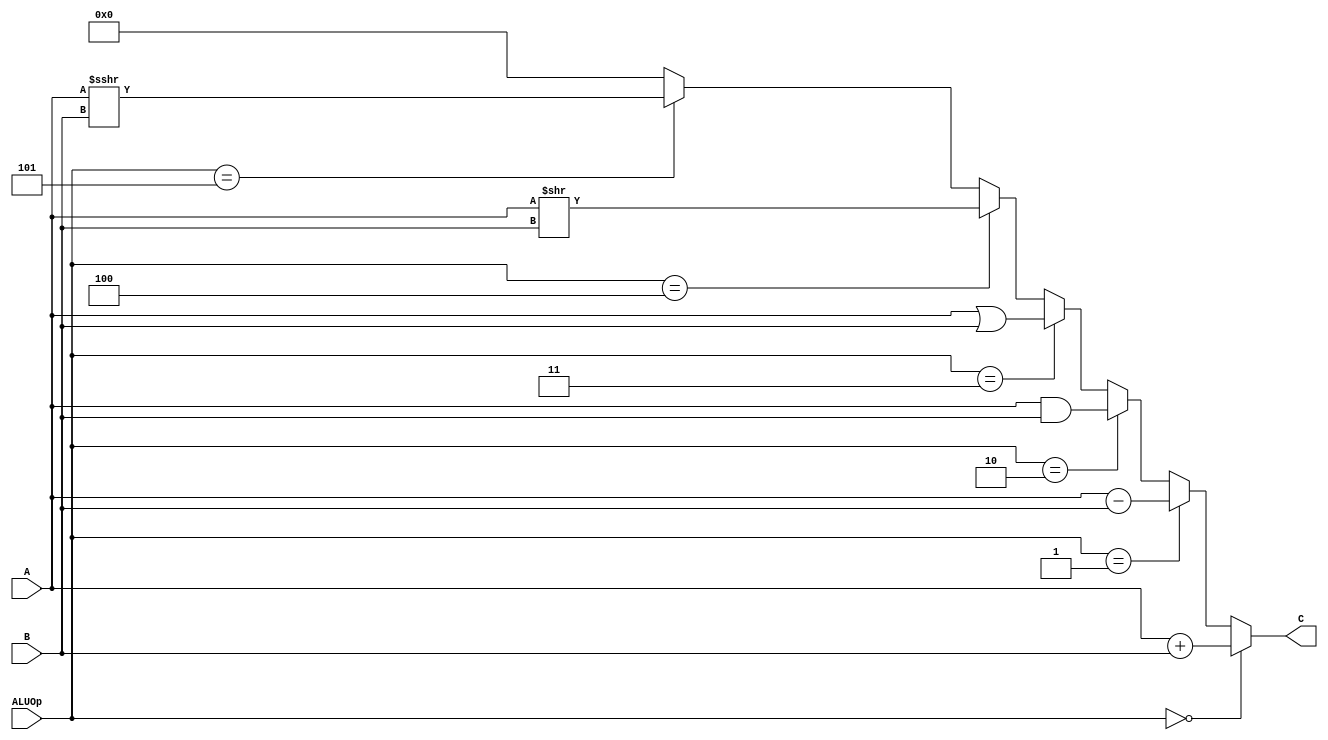
`timescale 1ns / 1ps
//////////////////////////////////////////////////////////////////////////////////
// Company: 
// Engineer: 
// 
// Design Name: 
// Module Name:    alu 
// Project Name: 
// Target Devices: 
// Tool versions: 
// Description: 
//
// Dependencies: 
//
// Revision: 
// Revision 0.01 - File Created
// Additional Comments: 
//
//////////////////////////////////////////////////////////////////////////////////
module alu(
    input [31:0] A,
    input [31:0] B,
    input [2:0] ALUOp,
    output [31:0] C
    );
	
	assign C = (ALUOp == 3'b000) ? A + B :
			(ALUOp == 3'b001) ? A - B :
			(ALUOp == 3'b010) ? A & B :
			(ALUOp == 3'b011) ? A | B : 
			(ALUOp == 3'b100) ? A >> B :
			(ALUOp == 3'b101) ? $signed($signed(A) >>> B) :
			3'b000;	// error

endmodule